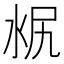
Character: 𣳣